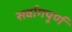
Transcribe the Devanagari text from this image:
सर्वागपूर्ण